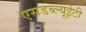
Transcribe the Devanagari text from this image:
एसडब्ल्यूईटी